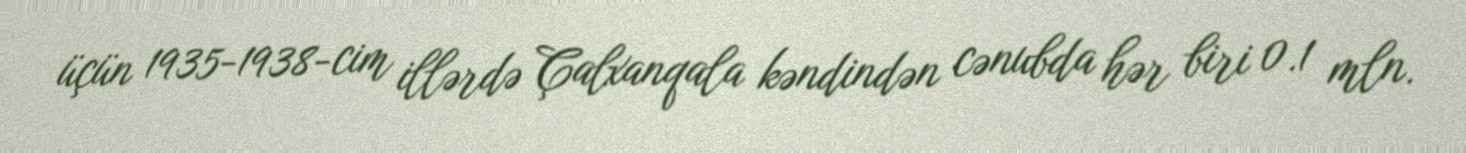
üçün 1935-1938-cim illərdə Çalxanqala kəndindən cənubda hər biri 0.1 mln.